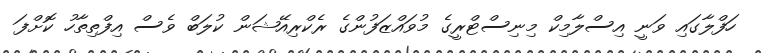
ހަފްލާގައި ވަނީ އިސްލާމިކް މިނިސްޓްރީގެ މުވައްޒަފުންގެ ރެކްރިއޭޝަން ކުލަބް ވެސް އިފްތިތާހު ކޮށްފަ